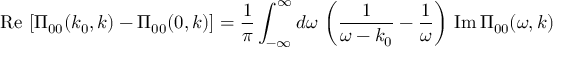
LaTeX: \mathrm { R e } \, \left[ \Pi _ { 0 0 } ( k _ { 0 } , k ) - \Pi _ { 0 0 } ( 0 , k ) \right] = { \frac { 1 } { \pi } } \int _ { - \infty } ^ { \infty } d \omega \, \left( { \frac { 1 } { \omega - k _ { 0 } } } - { \frac { 1 } { \omega } } \right) \, \mathrm { I m } \, \Pi _ { 0 0 } ( \omega , k )